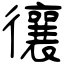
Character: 忀